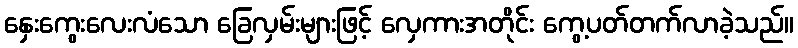
နှေးကွေးလေးလံသော ခြေလှမ်းများဖြင့် လှေကားအတိုင်း ကွေ့ပတ်တက်လာခဲ့သည်။